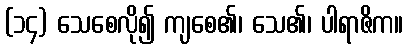
(၁၄) သေစေလို၍ ကျစေ၏၊ သေ၏၊ ပါရာဇိက။